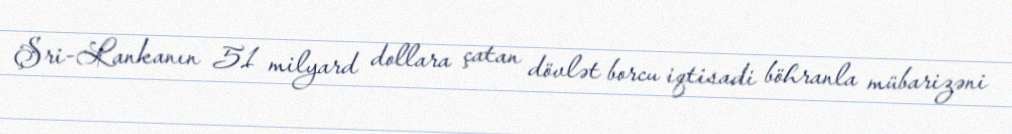
Şri-Lankanın 51 milyard dollara çatan dövlət borcu iqtisadi böhranla mübarizəni